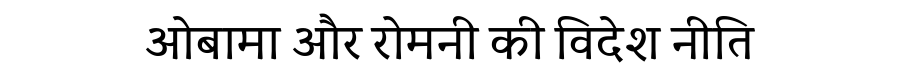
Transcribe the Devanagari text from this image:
ओबामा और रोमनी की विदेश नीति